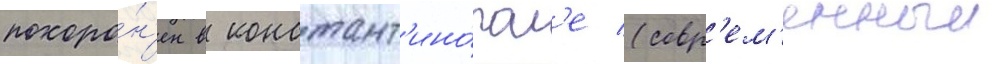
похоро́н'ен в констант'ино́пол'е (совр'ем'енныи